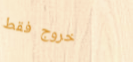
خروج فقط